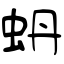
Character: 蚒